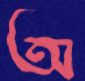
অ